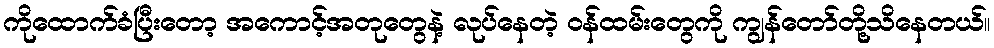
ကိုထောက်ခံပြီးတော့ အကောင့်အတုတွေနဲ့ လုပ်နေတဲ့ ၀န်ထမ်းတွေကို ကျွန်တော်တို့သိနေတယ်။